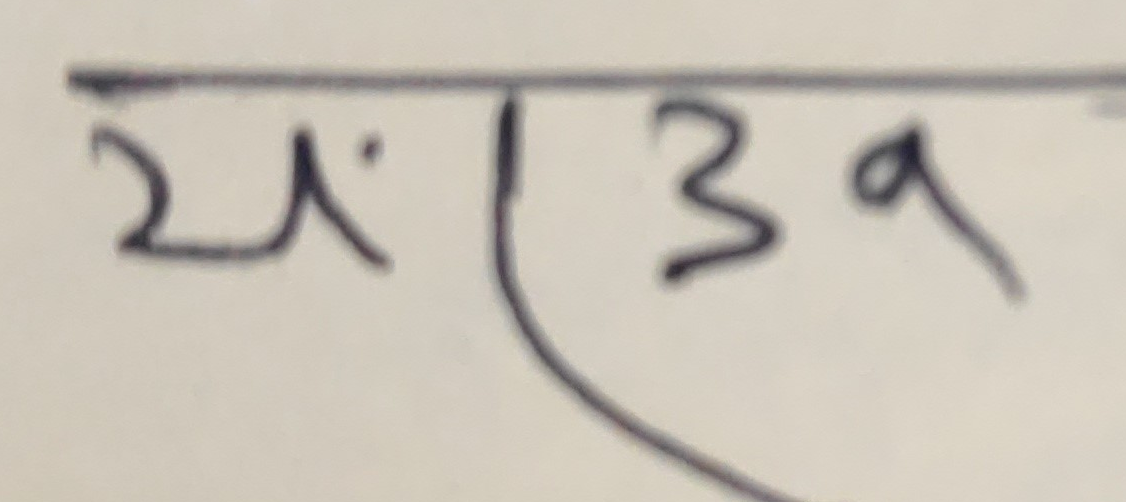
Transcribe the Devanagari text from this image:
२/ ३९